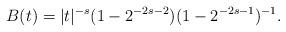
LaTeX: \begin{align*}B(t)= |t|^{-s}(1-2^{-2s-2})(1-2^{-2s-1})^{-1}.\end{align*}